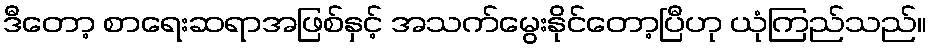
ဒီတော့ စာရေးဆရာအဖြစ်နှင့် အသက်မွေးနိုင်တော့ပြီဟု ယုံကြည်သည်။